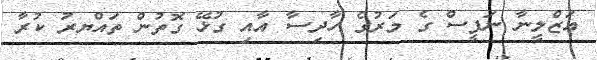
އަޒްލީނާ ނަފީސް ގެ މަރުގެ ހާދިސާ އާއި ގުޅޭ ގޮތުން ތައްޔރު ކުރާ